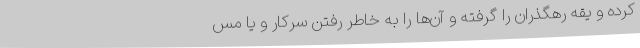
کرده و یقه رهگذران را گرفته و آن‌ها را به خاطر رفتن سرکار و یا مس